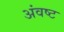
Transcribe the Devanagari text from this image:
अंवष्ट